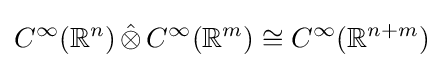
C^{\infty }(\mathbb {R} ^{n})\mathop {\hat {\otimes }} C^{\infty }(\mathbb {R} ^{m})\cong C^{\infty }(\mathbb {R} ^{n+m})